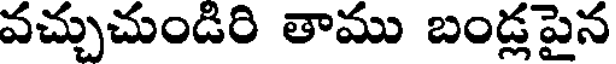
వచ్చుచుండిరి తాము బండ్లపైన